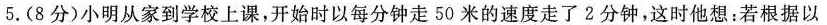
5.(8分)小明从家到学校上课，开始时以每分钟走50米的速度走了2分钟，这时他想：若根据以